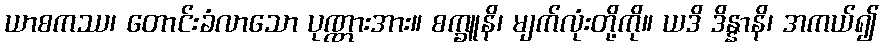
ယာစကဿ၊ တောင်းခံလာသော ပုဏ္ဏားအား။ စက္ခူနိ၊ မျက်လုံးတို့ကို။ ယဒိ ဒိန္နာနိ၊ အကယ်၍